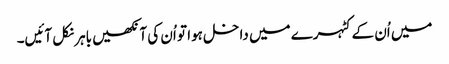
میں اُن کے کٹہرے میں داخل ہوا تو اُن کی آنکھیں باہر نکل آئیں۔